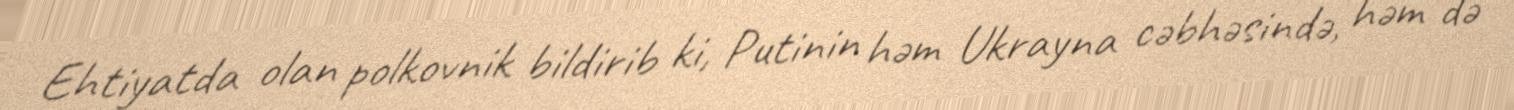
Ehtiyatda olan polkovnik bildirib ki, Putinin həm Ukrayna cəbhəsində, həm də